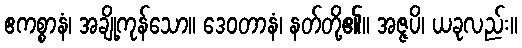
ဧကစ္စာနံ၊ အချို့ကုန်သော။ ဒေဝတာနံ၊ နတ်တို့၏။ အဇ္ဇပိ၊ ယခုလည်း။